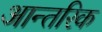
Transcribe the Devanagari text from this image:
आन्‍तरिक